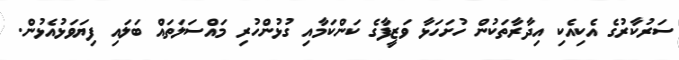
ސަރުކާރުގެ އެކިއެކި އިދާރާތަކުން ހުށަހަޅާ ވަޒީފާގެ ކަންކަމާއި ގުޅުންހުރި މައްސަލަތައް ބަލައި ފިޔަވަޅުއެޅުން.